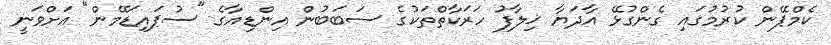
ކެމްޕޭން ކުރުމުގައި ގެންގުޅޭ އާދަޔާ ޚިލާފު ހަރަކާތްތަކުގެ ސަބަބުން އިންޑިއާގެ "ސުޕައިޑަމޭން" އަށްވަނީ